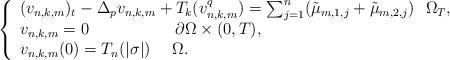
LaTeX: \begin{align*}\left\{ \begin{array}{l}(v_{n,k,m})_{t}-\Delta _{p}v_{n,k,m}+T_{k}(v_{n,k,m}^{q})=\sum_{j=1}^{n}(\tilde{\mu}_{m,1,j}+\tilde{\mu}_{m,2,j})~~\Omega _{T}, \\ v_{n,k,m}=0~~~~~~~~~~~~~~~~\partial \Omega \times (0,T), \\ v_{n,k,m}(0)=T_{n}(|\sigma |)~~~~\Omega .\end{array}\right. \end{align*}